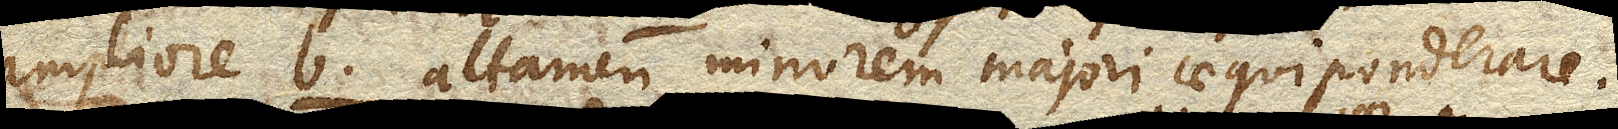
ampliore b. bc. attamen minorem majori aequiponderare,